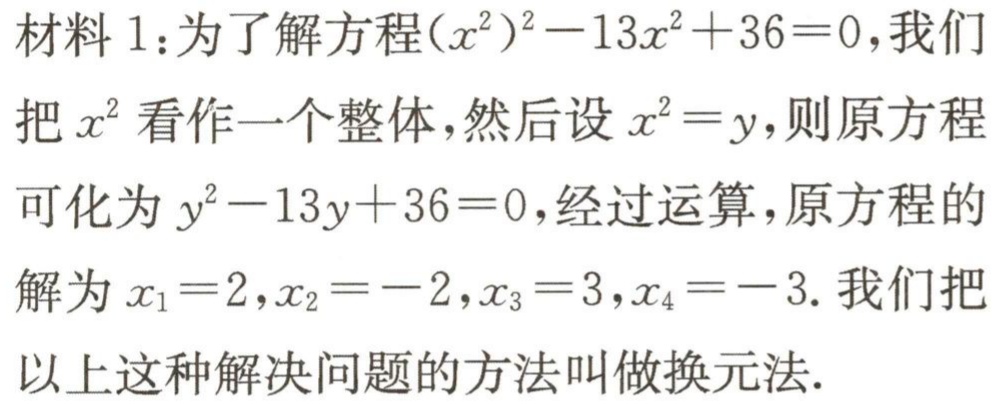
材料1：为了解方程\((x^{2})^{2}-13x^{2}+36 = 0\)，我们把\(x^{2}\)看作一个整体，然后设\(x^{2}=y\)，则原方程可化为\(y^{2}-13y + 36 = 0\)，经过运算，原方程的解为\(x_{1}=2,x_{2}=-2,x_{3}=3,x_{4}=-3\). 我们把以上这种解决问题的方法叫做换元法.